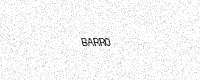
Text: BARR0